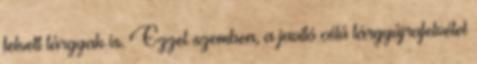
felvett tárgyak is. Ezzel szemben, a javító célú tárgyújrafelvétel